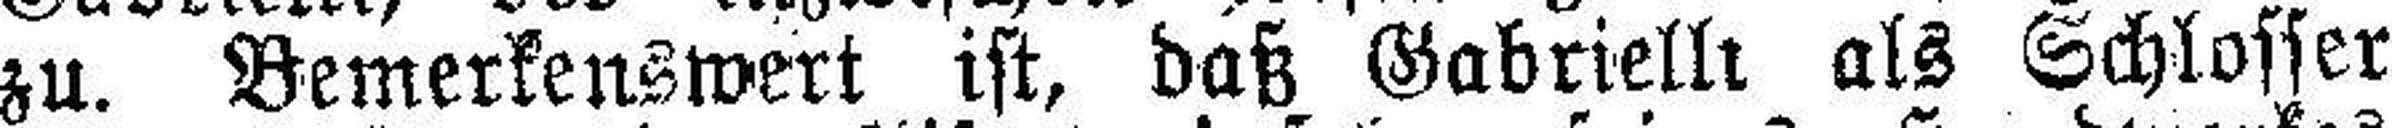
zu. Bemerkenswert ist, daß Gabrielli als Schlosser